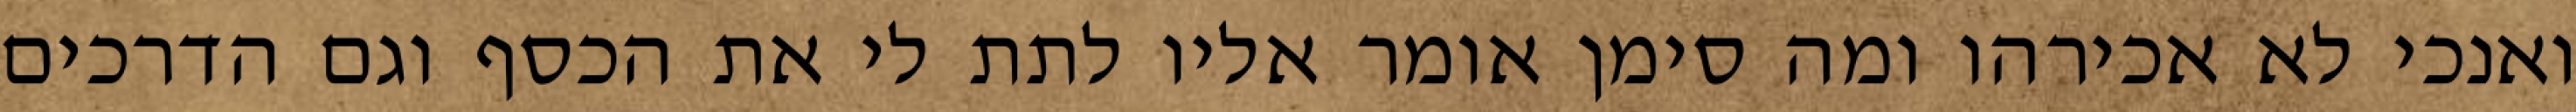
ואנכי לא אכירהו ומה סימן אומר אליו לתת לי את הכסף וגם הדרכים